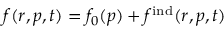
f ( \boldsymbol { r } , \boldsymbol { p } , t ) = f _ { 0 } ( \boldsymbol { p } ) + f ^ { \mathrm { i n d } } ( \boldsymbol { r } , \boldsymbol { p } , t )